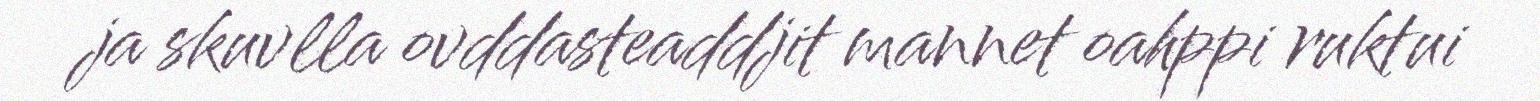
ja skuvlla ovddasteaddjit mannet oahppi ruktui